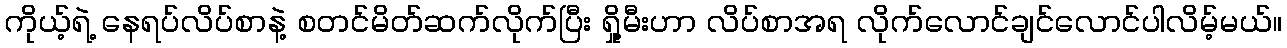
ကိုယ့်ရဲ့ နေရပ်လိပ်စာနဲ့ စတင်မိတ်ဆက်လိုက်ပြီး ရှို့မီးဟာ လိပ်စာအရ လိုက်လောင်ချင်လောင်ပါလိမ့်မယ်။